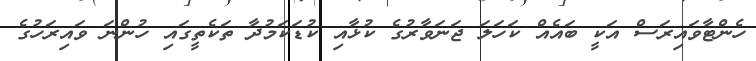
ހެންޓާވައިރަސް އަކީ ބައެއް ކަހަލަ ޖަނަވާރުގެ ކުޅާއި ކުޑަކަމުދާ ތަކެތީގައި ހުންނަ ވައިރަހުގެ